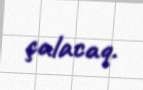
çalacaq.